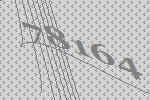
78164